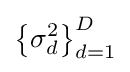
\left\{\sigma _{d}^{2}\right\}_{d=1}^{D}